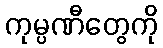
ကုမ္ပဏီတွေကို